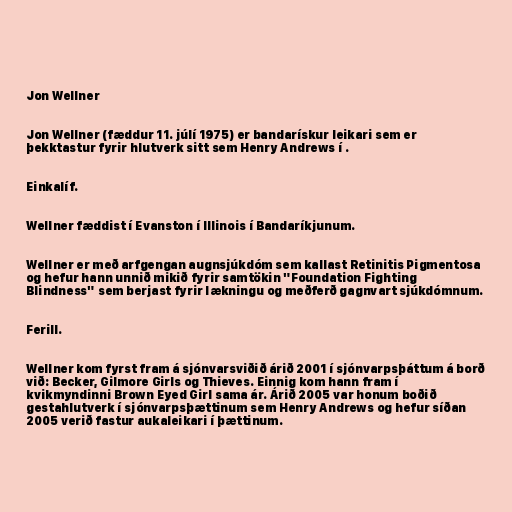
Jon Wellner

Jon Wellner (fæddur 11. júlí 1975) er bandarískur leikari sem er
þekktastur fyrir hlutverk sitt sem Henry Andrews í .

Einkalíf.

Wellner fæddist í Evanston í Illinois í Bandaríkjunum.

Wellner er með arfgengan augnsjúkdóm sem kallast Retinitis Pigmentosa
og hefur hann unnið mikið fyrir samtökin "Foundation Fighting
Blindness" sem berjast fyrir lækningu og meðferð gagnvart sjúkdómnum.

Ferill.

Wellner kom fyrst fram á sjónvarsviðið árið 2001 í sjónvarpsþáttum á borð
við: Becker, Gilmore Girls og Thieves. Einnig kom hann fram í
kvikmyndinni Brown Eyed Girl sama ár. Árið 2005 var honum boðið
gestahlutverk í sjónvarpsþættinum sem Henry Andrews og hefur síðan
2005 verið fastur aukaleikari í þættinum.